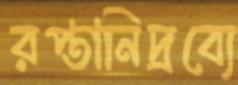
রপ্তানিদ্রব্যে